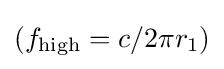
(f_{\text{high}}=c/2\pi r_{1})